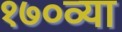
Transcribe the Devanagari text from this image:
१७०व्या